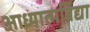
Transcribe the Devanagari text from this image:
आध्यात्मविद्या